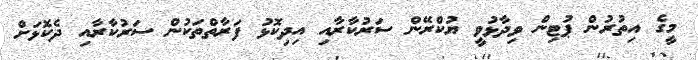
މީގެ އިތުރުން ޕުޓިން ވިދާޅުވީ ޔުކްރޭން ސަރުކާރާއި އިދިކޮޅު ފަރާތްތަކުން ސަރުކާރާއި ދެކޮޅަށް